Annual administration report of the Civil Veterinary Department of India - 1900-1901
Year: 1900
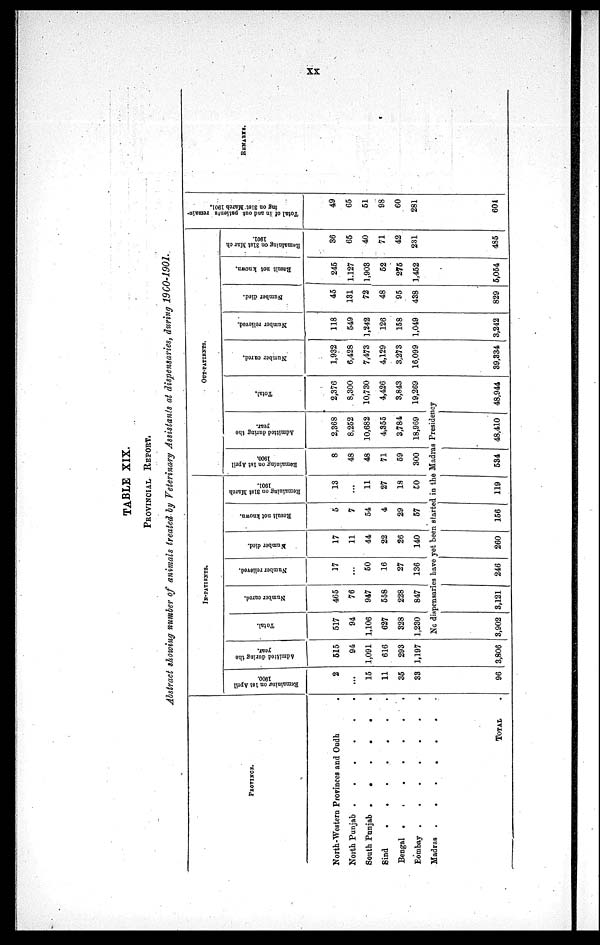
XX
TABLE XIX.
PROVINCIAL REPORT.
Abstract showing number of animals treated by Veterinary Assistants at dispensaries, during 1900-1901.
PROVINCE.
North-Western Provinces and Oudh.
North Punjab .
.
.
.
.
.
South Punjab .
.
.
.
.
Sind
.
.
.
.
.
.
.
Bengal
.
.
.
.
.
.
.
Bombay
.
.
.
.
.
.
.
Madras .
.
.
.
.
.
.
TOTAL .
IN-PATIENTS.
Remaining on 1st April
1900.
2
...
15
11
35
33
96
Admitted during the
year.
515
94
1,091
616
293
1,197
3,806
Total.
517
94
1,106
627
328
1,230
Number cared.
465
76
947
558
228
847
Number relieved.
17
...
50
16
27
136
Number died.
17
11
44
22
26
140
Result not known.
5
7
54
4
29
57
Remaining on 31st March
1901.
13
...
11
27
18
50
OUT-PATIENTS.
Remaining on 1st April
1900.
8
48
48
71
59
300
Admitted daring the
year.
2,368
8,252
10,682
4,355
3,784
18,969
Total.
2,376
8,300
10,730
4,426
3,843
19,269
NG dispensaries have yet been started in the Madras Presidency
3,902 3,121
246
260
156
119
534 48,410 48,944
Number cured.
1,932
6,428
7,473
4,129
3,273
16,099
39,334
Number relieved.
118
549
1,242
126
158
1,049
3,242
Number died.
45
131
72
48
95
438
829
Result not known.
245
1,127
1,903
52
275
1,452
5,054
Remaining
on 31st March
1901.
36
65
40
71
42
231
485
Total of in and out patients remain-
ing on 31st March 1901.
49
65
51
98
60
281
604
REMARKS.